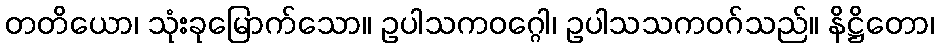
တတိယော၊ သုံးခုမြောက်သော။ ဥပါသကဝဂ္ဂေါ၊ ဥပါသသကဝဂ်သည်။ နိဋ္ဌိတော၊